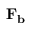
\mathbf { F _ { b } }